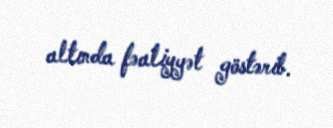
altında fəaliyyət göstərib.